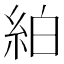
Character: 絈